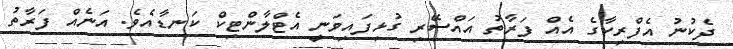
ދެކުނު އެފްރިކާގެ އެއް ފަރާތު އައްސޭރި ގުޅިފައިވަނީ އެޓްލާންޓިކް ކަނޑާއެވެ. އަނެއް ފަރާތު